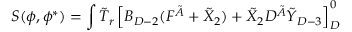
S ( \phi , \phi ^ { * } ) = \int \tilde { T } _ { r } \left[ B _ { D - 2 } ( F ^ { \tilde { A } } + \tilde { X } _ { 2 } ) + \tilde { X } _ { 2 } D ^ { \tilde { A } } \tilde { Y } _ { D - 3 } \right] _ { D } ^ { 0 }